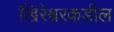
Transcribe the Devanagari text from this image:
खिरेश्वरकडील